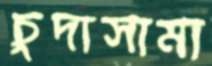
চুদাসামা